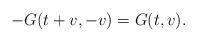
LaTeX: \begin{align*}-G(t + v, -v) = G(t, v) .\end{align*}